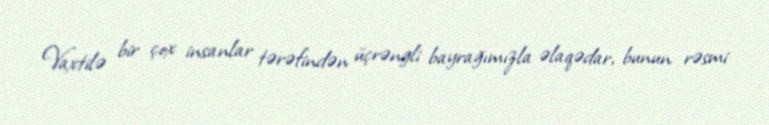
Vaxtilə bir çox insanlar tərəfindən üçrəngli bayrağımızla əlaqədar, bunun rəsmi